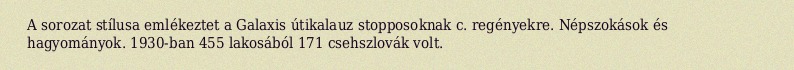
A sorozat stílusa emlékeztet a Galaxis útikalauz stopposoknak c. regényekre. Népszokások és hagyományok. 1930-ban 455 lakosából 171 csehszlovák volt.